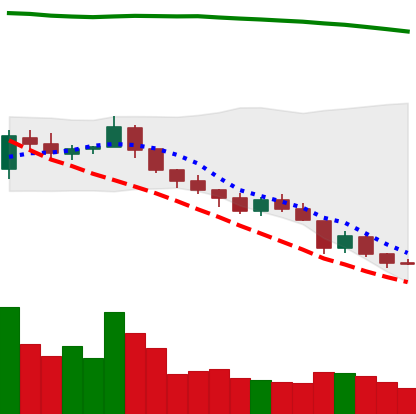
Ticker: TRX-USD
Chart end date: 2018-08-12
Forward return: 3.1%
Label: up_3_5